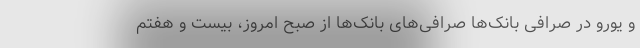
و یورو در صرافی بانک‌ها صرافی‌های بانک‌ها از صبح امروز، بیست و هفتم